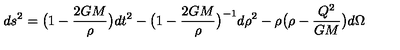
d s ^ { 2 } = \bigl ( 1 - \frac { 2 G M } { \rho } \bigr ) d t ^ { 2 } - \bigl ( 1 - \frac { 2 G M } { \rho } \bigr ) ^ { - 1 } d \rho ^ { 2 } - \rho \bigl ( \rho - \frac { Q ^ { 2 } } { G M } \bigr ) d \Omega